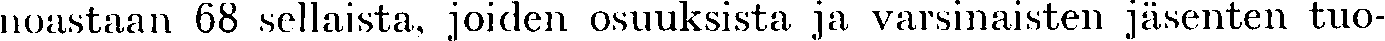
noastaan 68 sellaista, joiden osuuksista ja varsinaisten jäsenten tuo-